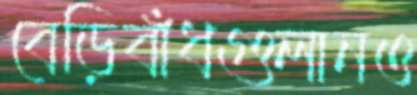
বেড়িবাঁধগুলানও